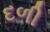
દળી